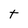
Character: t